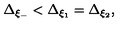
\Delta _ { \xi _ { - } } < \Delta _ { \xi _ { 1 } } = \Delta _ { \xi _ { 2 } } ,